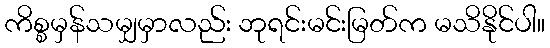
ကိစ္စမှန်သမျှမှာလည်း ဘုရင်းမင်းမြတ်က မသိနိုင်ပါ။